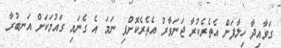
ގަވާއިދާ ހިލާފަށް އެތެރެކުރާ ޖަނަވާރު އެތެރެކޮށްފި ނަމަ އެ ގެނައި ގައުމަކަށް އަނބުރާ